Sanitation, dispensaries and jails vaccination Rajputana 1922-1927 - 1922-1927
Year: 1922
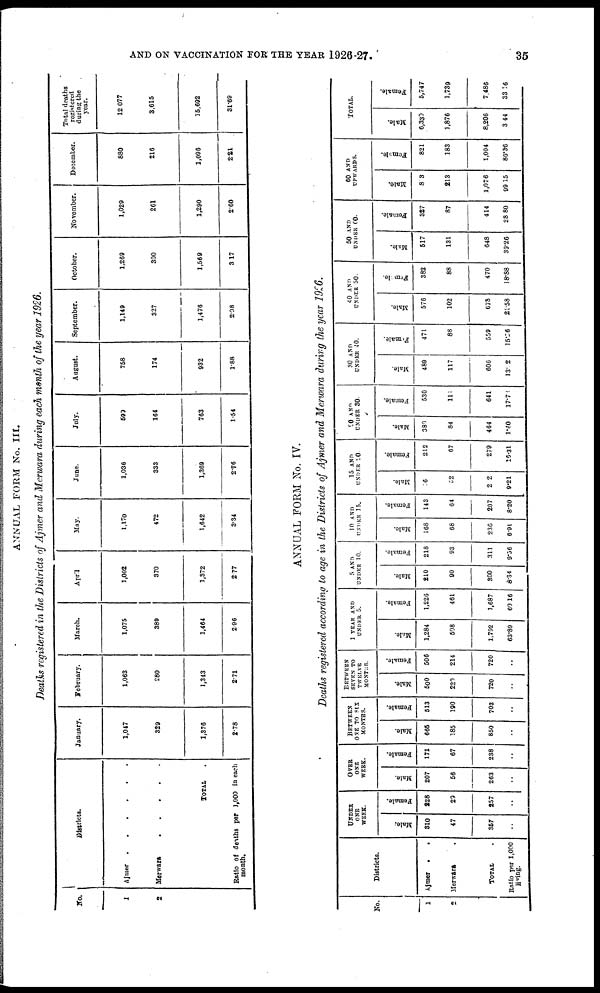
AND ON VACCINATION FOR THE YEAR 1926-27.
35
ANNUAL FORM No. III.
Deaths registered in the Districts of Ajmer and Merwara during each month of the year 1926.
No.
1
2
Districts.
Ajmer
.
.
.
.
.
Merwara
.
.
.
.
.
TOTAL .
Ratio of deaths per 1,000 in each
month.
January.
1,047
329
1,376
2.78
February.
1,063
280
1,343
2.71
March.
1,075
389
1,464
2.96
April
1,002
370
1,372
2.77
May.
1,170
472
1,642
3.34
June.
1,036
333
1,369
2.76
July.
599
164
763
1.54
August.
758
174
932
1.88
September.
1,149
327
1,476
2.98
October.
1,269
300
1,569
3.17
November.
1,029
261
1,290
2.60
December.
880
216
1,096
2.21
Total deaths
registered
during the
year.
12.077
3,615
15,692
31.69
ANNUAL FORM No. IV.
Deaths registered according to age in the Districts of Ajmer and Merwara during the year 1926.
No.
1
2
Districts.
Ajmer
.
.
Merwara .
TOTAL .
Ratio per 1,000
living.
UNDER
ONE
WEEK.
Male.
310
47
357
..
Female.
228
29
257
..
OVER
ONE
WEEK.
Male.
207
56
263
..
Female.
171
67
238
..
BETWEEN
ONE TO SIX
MONTHS.
Male.
665
185
850
..
Female.
513
190
703
..
BETWEEN
SEVEN TO
TWELVE
MONTHS.
Male.
500
220
720
..
Female.
506
214
720
..
1 YEAR AND
UNDER 5.
Male.
1,284
508
1,792
63.89
Female.
1,226
461
1,687
60.16
5 AND
UNDER 10.
Male.
210
90
300
8.34
Female.
218
93
311
9.36
10 AND
UNDER 15.
Male.
168
68
236
6.91
Female.
143
64
207
8.20
15 AND
UNDER 20.
Male.
16
62
202
9.21
Female.
212
67
279
16.31
90 AND
UNDER 30.
Male.
380
84
464
1.40
Female.
530
111
641
17.78
30 AND
UNDER 40.
Male.
489
117
606
13.2
Female.
471
88
559
15.26
40 AND
UNDER 50.
Male.
576
102
678
23.58
Female.
382
88
470
18.88
50 AND
UNDER 00.
Male.
517
131
648
39.26
Female.
327
87
414
28.80
60 AND
UPWARDS.
Male.
313
213
1,076
99.15
Female.
821
183
1,004
80.36
TOTAL.
Male.
6,330
1,876
8,206
3.44
Female.
5,747
1,739
7,436
33.16